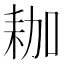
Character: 耞